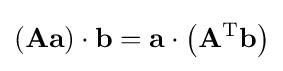
\left(\mathbf {A} \mathbf {a} \right)\cdot \mathbf {b} =\mathbf {a} \cdot \left(\mathbf {A} ^{\text{T}}\mathbf {b} \right)